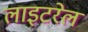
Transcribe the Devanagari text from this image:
लाइटरेल